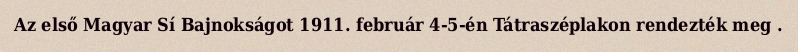
Az első Magyar Sí Bajnokságot 1911. február 4-5-én Tátraszéplakon rendezték meg .